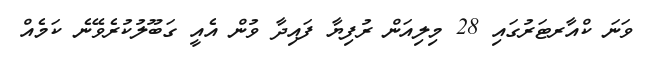
ވަނަ ކްއާރޓަރުގައި 28 މިލިއަން ރުފިޔާ ފައިދާ ވުން އެއީ ގަބޫލުކުރެވޭނެ ކަމެއް